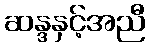
ဆန္ဒနှင့်အညီ